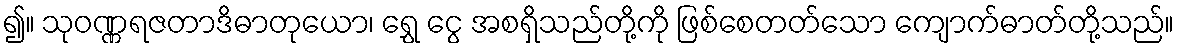
၍။ သုဝဏ္ဏရဇတာဒိဓာတုယော၊ ရွှေ ငွေ အစရှိသည်တို့ကို ဖြစ်စေတတ်သော ကျောက်ဓာတ်တို့သည်။